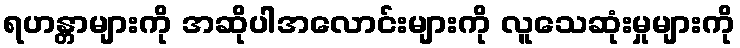
ရဟန္တာများကို အဆိုပါအလောင်းများကို လူသေဆုံးမှုများကို